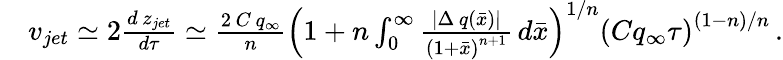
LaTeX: \begin{array}{rl}&{v_{jet}\simeq 2\frac{d\, z_{jet}}{d\tau}\simeq\frac{2\, C\, q_{\infty}}{n}\left(1+n\int_{0}^{\infty}\frac{|\Delta\, q(\bar{x})|}{\left(1+\bar{x}\right)^{n+1}}\, d\bar{x}\right)^{1/n}\left(Cq_{\infty}\tau\right)^{(1-n)/n}\, .}\end{array}